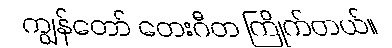
ကျွန်တော် တေးဂီတ ကြိုက်တယ်။